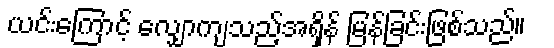
ယင်းကြောင့် လျှောကျသည့်အရှိန် မြန်ခြင်းဖြစ်သည်။